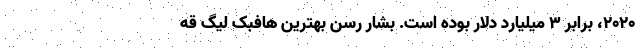
۲۰۲۰، برابر ۳ میلیارد دلار بوده است. بشار رسن بهترین هافبک لیگ قه